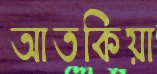
আতকিয়া